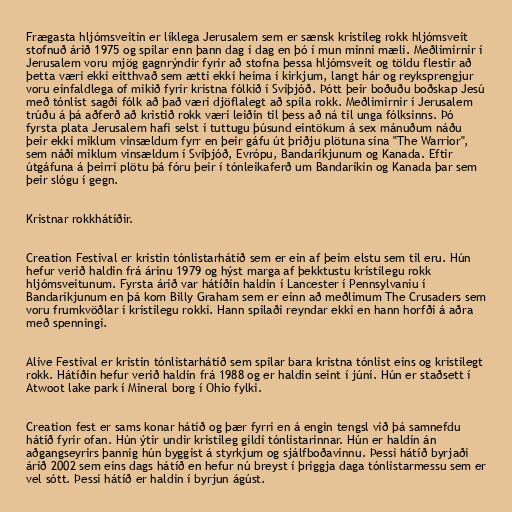
Frægasta hljómsveitin er líklega Jerusalem sem er sænsk kristileg rokk hljómsveit
stofnuð árið 1975 og spilar enn þann dag í dag en þó í mun minni mæli. Meðlimirnir í
Jerusalem voru mjög gagnrýndir fyrir að stofna þessa hljómsveit og töldu flestir að
þetta væri ekki eitthvað sem ætti ekki heima í kirkjum, langt hár og reyksprengjur
voru einfaldlega of mikið fyrir kristna fólkið í Svíþjóð. Þótt þeir boðuðu boðskap Jesú
með tónlist sagði fólk að það væri djöflalegt að spila rokk. Meðlimirnir í Jerusalem
trúðu á þá aðferð að kristið rokk væri leiðin til þess að ná til unga fólksinns. Þó
fyrsta plata Jerusalem hafi selst í tuttugu þúsund eintökum á sex mánuðum náðu
þeir ekki miklum vinsældum fyrr en þeir gáfu út þriðju plötuna sína "The Warrior",
sem náði miklum vinsældum í Svíþjóð, Evrópu, Bandaríkjunum og Kanada. Eftir
útgáfuna á þeirri plötu þá fóru þeir í tónleikaferð um Bandaríkin og Kanada þar sem
þeir slógu í gegn.

Kristnar rokkhátíðir.

Creation Festival er kristin tónlistarhátíð sem er ein af þeim elstu sem til eru. Hún
hefur verið haldin frá árinu 1979 og hýst marga af þekktustu kristilegu rokk
hljómsveitunum. Fyrsta árið var hátíðin haldin í Lancester í Pennsylvaniu í
Bandaríkjunum en þá kom Billy Graham sem er einn að meðlimum The Crusaders sem
voru frumkvöðlar í kristilegu rokki. Hann spilaði reyndar ekki en hann horfði á aðra
með spenningi.

Alive Festival er kristin tónlistarhátíð sem spilar bara kristna tónlist eins og kristilegt
rokk. Hátíðin hefur verið haldin frá 1988 og er haldin seint í júní. Hún er staðsett í
Atwoot lake park í Mineral borg í Ohio fylki.

Creation fest er sams konar hátíð og þær fyrri en á engin tengsl við þá samnefdu
hátíð fyrir ofan. Hún ýtir undir kristileg gildi tónlistarinnar. Hún er haldin án
aðgangseyrirs þannig hún byggist á styrkjum og sjálfboðavinnu. Þessi hátíð byrjaði
árið 2002 sem eins dags hátíð en hefur nú breyst í þriggja daga tónlistarmessu sem er
vel sótt. Þessi hátíð er haldin í byrjun ágúst.